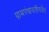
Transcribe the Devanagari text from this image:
ग्रामपंचायतींपर्यंत